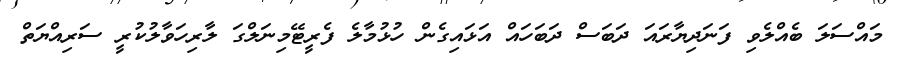
މައްސަލަ ބެއްލެވި ފަނަދިޔާރައަ ދަބަސް ދަބަހައް އަޅައިގެން ހުޅުމާލެ ފެރީޓޭމިނަލްގަ ލާރިހަވާލުކުރީ ސަރިއްޔަތް